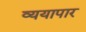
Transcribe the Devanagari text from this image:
व्ययापार